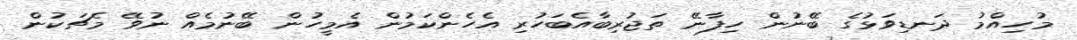
މުހިއްމު ދަނޑިވަޅުގެ ބޭނުން ހިފާނޭ ތަޖުރިބާއެބަހުރި އެހެންކަމުން އެމީހުން ބޭނުމެއް ނުވޭ މެޗަކުން